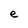
Character: e